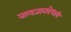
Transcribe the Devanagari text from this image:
नागजानवेधारी